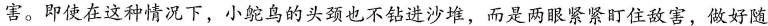
害。即使在这种情况下，小鸵鸟的头颈也不钻进沙堆，而是两眼紧紧盯住敌害，做好随